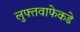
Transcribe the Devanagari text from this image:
लुफ्तवाफेकडे